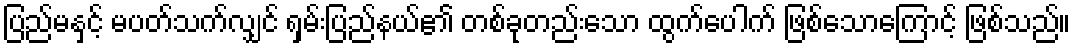
ပြည်မနှင့် မပတ်သက်လျှင် ရှမ်းပြည်နယ်၏ တစ်ခုတည်းသော ထွက်ပေါက် ဖြစ်သောကြောင့် ဖြစ်သည်။